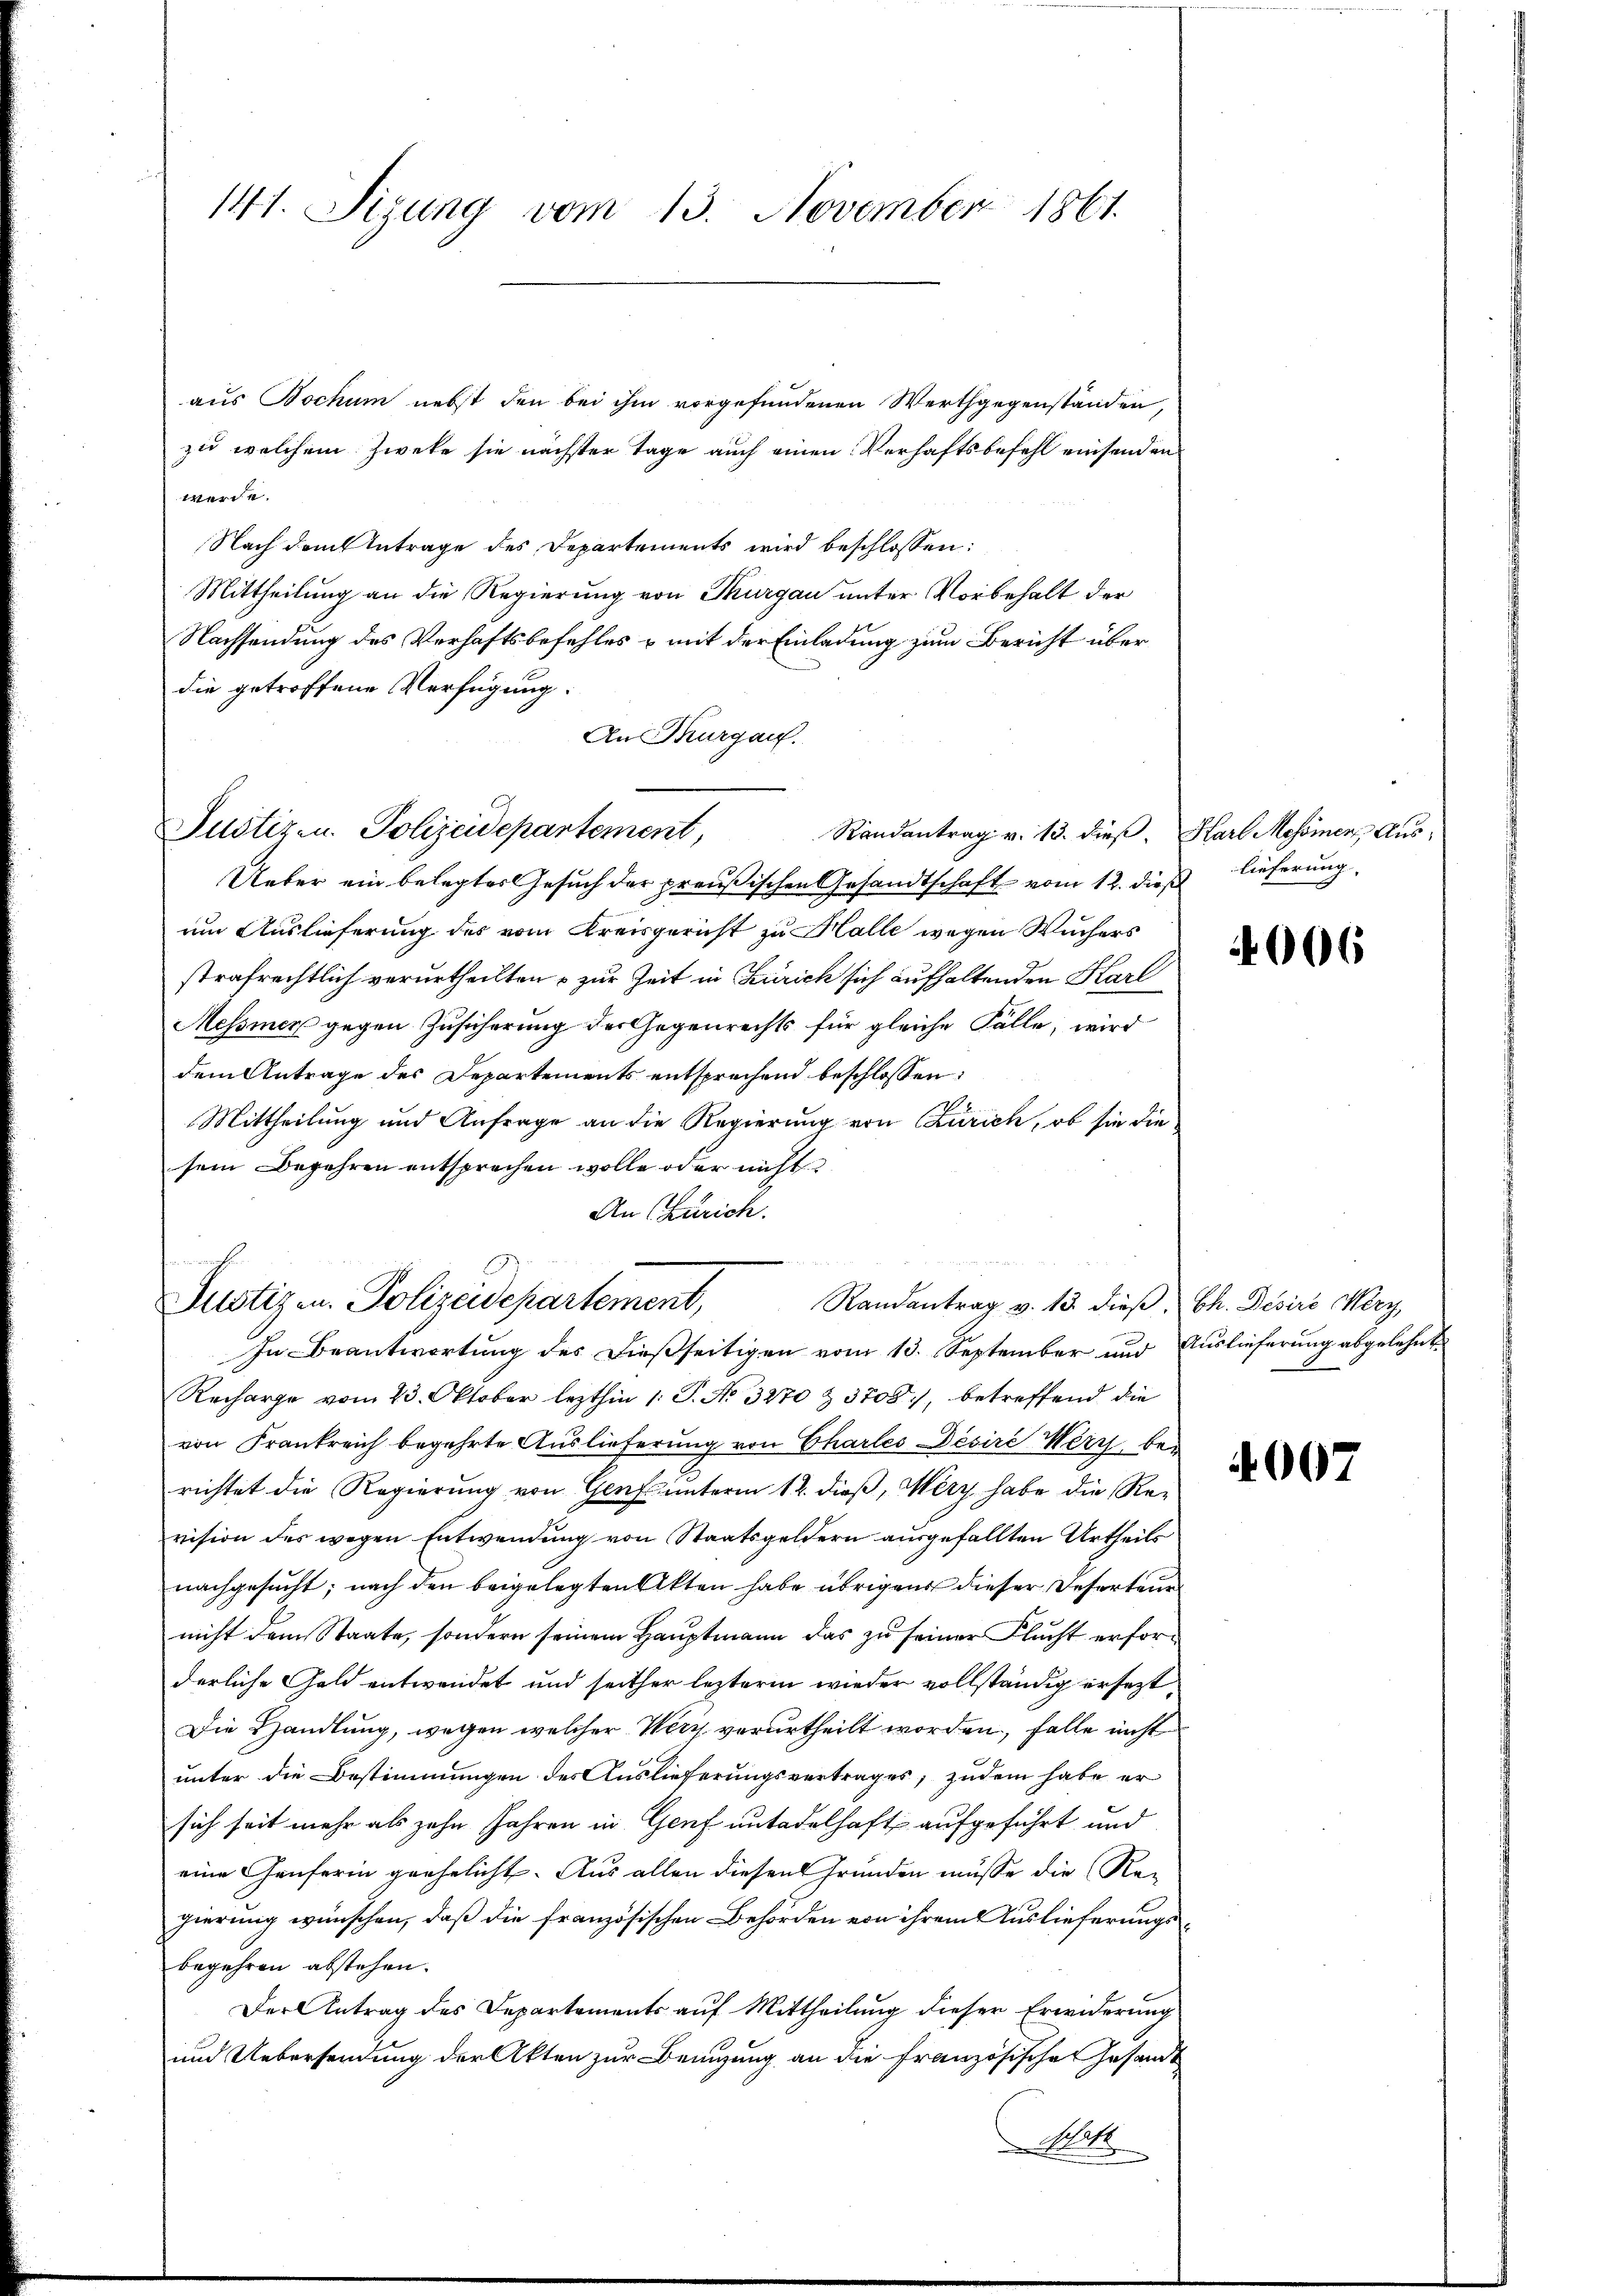
141. Sizung vom 13. November 1861.

Justizen. Polizeidepartement,

aus Bochum nebst den bei ihm vorgefundenen Werthgegenständen,
zu welchem Zweke sie nächster Tage auch einen Verhaftsbefehl einsenden
werde.
Nach dem Antrage des Departements wird beschlossen:
Mittheilung an die Regierung von Thurgau unter Vorbehalt der
Nachsendung des Verhaftsbefehles & mit der Einladung zum Bericht über
die getroffene Verfügung:
An Thurgau.
Randantrag v. 13. dieß. Karl Messnen Aus¬
Ueber ein belegtes Gesuch der preußischen Gesandtschaft vom 12. dieß lieferung
um Auslieferung des vom Kreisgericht zu Halle wegen Wuchers
strafrechtlich verurtheilten & zur Zeit in Zürich sich aufhaltenden Karl
Messmen gegen Zusicherung der Gegenrechts für gleiche Fälle, wird
dem Antrage des Departements entsprechend beschlossen:
I
Mittheilung und Anfrage an die Regierung von Curich, ob sie die
sein Begehren entsprechen wolle oder nicht
An Zürich.

Justizen. Polizeidepartement,
Randantrag v. 13 dieß, Ch. Desire Wery,
In Beantwortung des dießseitigen vom 13. September und Auslieferung abgelehnt

Recharge vom 23. Oktober lezthin 1 S. No. 3270 & 3708, betreffend die
von Frankreich begehrte Auslieferung von Chartes Desire Wery bei
richtet die Regierung von Genf unterm 12. dieß, Merz habe die Revision des wegen Entwendung von Staatsgeldern ausgefällten Urtheils
nachgesucht; nach den beigelegten Akten habe übrigens dieser Deserteur
nicht dem Staate, sondern seinem Hauptmann das zu seiner Flucht erforderliche Geld entwendet und seither lezterm wieder vollständig ersezt,
Die Handlung, wegen welcher Wirz verurtheilt worden, falle nicht
unter die Bestimmungen des Auslieferungsvertrages; zudem habe er
sich seit mehr als zehn Jahren in Genf untadelhaft aufgeführt und
eine Genferin geehelicht. Aus allen diesen Gründen müsse die Re-
gierung wünschen, daß die französischen Behörden von ihrem Auslieferungsbegehren abstehen.
Der Antrag des Departements auf Mittheilung dieser Erwiderung
und Uebersendung der Akten zur Benuzung an die französische Gesandt
Art

4006

4007